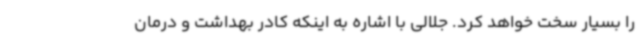
را بسیار سخت خواهد کرد. جلالی با اشاره به اینکه کادر بهداشت و درمان